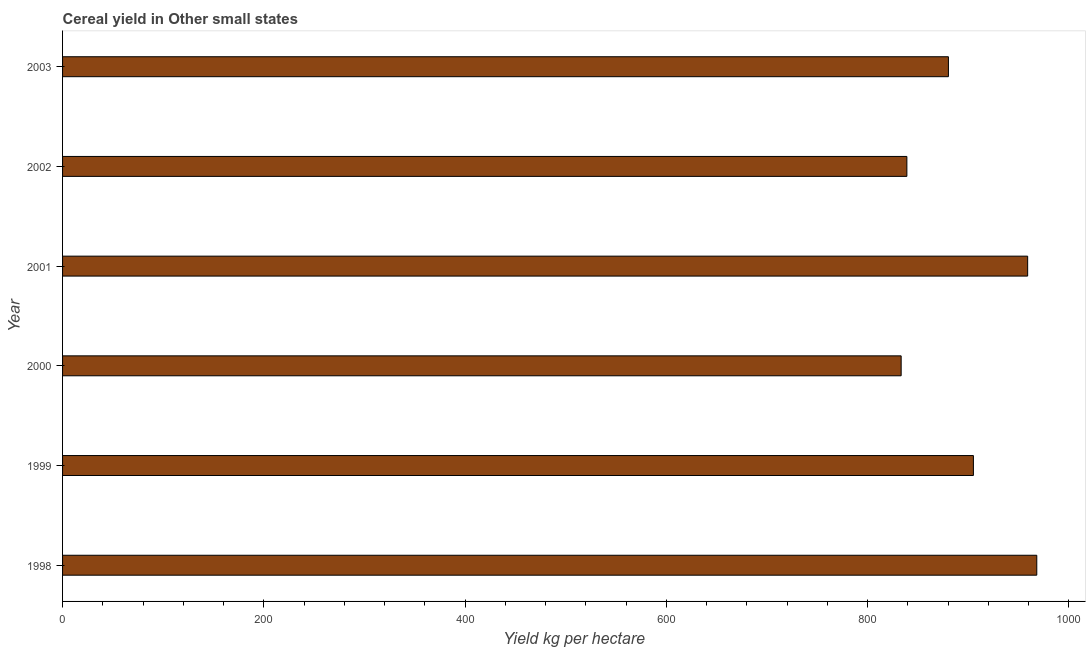
| Year | Cereal yield |
 | --- | --- |
 | 1998 | 968 |
 | 1999 | 905 |
 | 2000 | 833 |
 | 2001 | 959 |
 | 2002 | 839 |
 | 2003 | 880 |